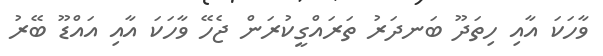
ވާހަކަ އާއި ހިތަދޫ ބަނދަރު ތަރައްގީކުރަން ޖެހޭ ވާހަކަ އާއި އައްޑޫ ބޭރު